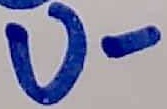
Text: U-